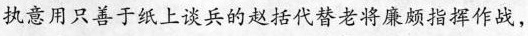
执意用只善于纸上谈兵的赵括代替老将廉颇指挥作战，